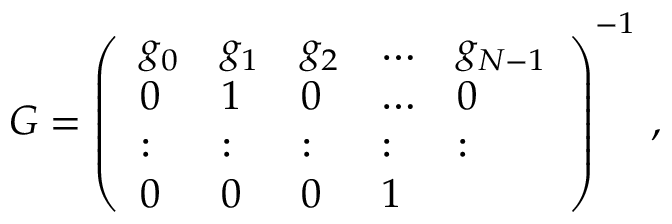
\begin{array} { r } { G = \left( \begin{array} { l l l l l } { g _ { 0 } } & { g _ { 1 } } & { g _ { 2 } } & { \dots } & { g _ { N - 1 } } \\ { 0 } & { 1 } & { 0 } & { \dots } & { 0 } \\ { : } & { : } & { : } & { : } & { : } \\ { 0 } & { 0 } & { 0 } & { 1 } \end{array} \right) ^ { - 1 } \, , } \end{array}